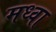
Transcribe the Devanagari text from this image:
मध्वा